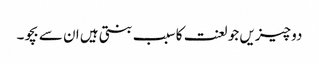
دو چیزیں جو لعنت کا سبب بنتی ہیں ان سے بچو۔